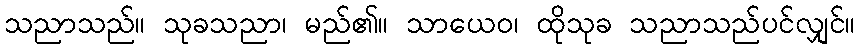
သညာသည်။ သုခသညာ၊ မည်၏။ သာယေဝ၊ ထိုသုခ သညာသည်ပင်လျှင်။